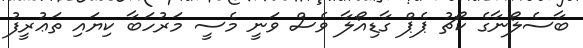
ބާސެލޯނާގެ ކޯޗު ޕެޕް ގާޑިއޯލާ ވެސް ވަނީ މެސީ މަރުހަބާ ކިޔައި ތަޢުރީފު